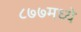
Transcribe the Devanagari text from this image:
८७७मध्ये